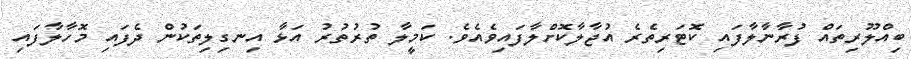
ބިއްލޫރިތައް ފުރާނާލާފައި ކޮޓަރިތެރެ އުޖާލާކޮށްލާފައިވެއެވެ. ކަމީލާ ތުރުތުރު އަޅާ އިނގިލިތަކުން ދެފައި މޮހާލާފައި